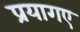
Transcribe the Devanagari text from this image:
प्रयागए